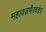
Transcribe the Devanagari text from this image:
महावज्रभैरवतंत्र